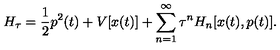
H _ { \tau } = \frac { 1 } { 2 } p ^ { 2 } ( t ) + V [ x ( t ) ] + \sum _ { n = 1 } ^ { \infty } \tau ^ { n } H _ { n } [ x ( t ) , p ( t ) ] .